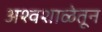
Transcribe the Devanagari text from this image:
अश्वशाळेतून